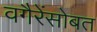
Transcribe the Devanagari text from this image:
वगैरेंसोबत